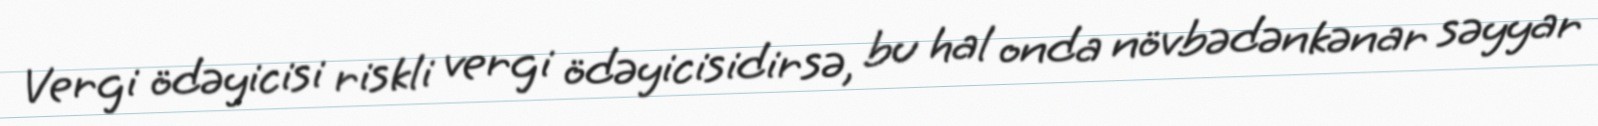
Vergi ödəyicisi riskli vergi ödəyicisidirsə, bu hal onda növbədənkənar səyyar